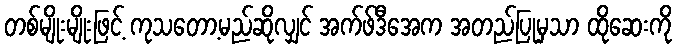
တစ်မျိုးမျိုးဖြင့် ကုသတော့မည်ဆိုလျှင် အက်ဖ်ဒီအေက အတည်ပြုမှသာ ထိုဆေးကို